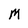
Character: M